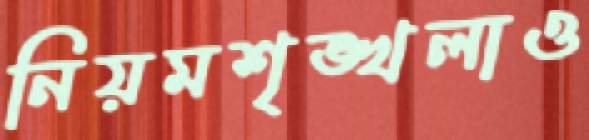
নিয়মশৃঙ্খলাও